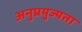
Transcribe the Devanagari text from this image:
अनुप्रयुज्यता